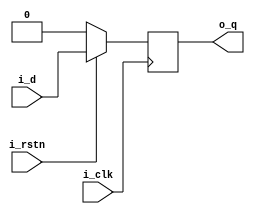

module dff_sync
(
	output	reg	o_q,
	input		i_d,
	input		i_clk,	
	input		i_rstn	
);

	always	@(posedge i_clk) begin
		if(!i_rstn) begin
			o_q	<= 1'b0;
		end else begin
			o_q <= i_d;
		end
	end	
endmodule

module dff_async
(
	output	reg	o_q,
	input		i_d,
	input		i_clk,	
	input		i_rstn	
);

	always	@(posedge i_clk, negedge i_rstn) begin
		if(!i_rstn) begin
			o_q	<= 1'b0;
		end else begin
			o_q <= i_d;
		end
	end	
endmodule